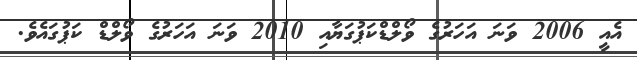
އެއީ 2006 ވަނަ އަހަރުގެ ވޯލްޑްކަޕުގަޔާއި 2010 ވަނަ އަހަރުގެ ވޯލްޑް ކަޕުގައެވެ.